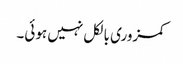
کمزوری بالکل نہیں ہوئی۔